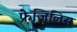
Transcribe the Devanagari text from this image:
फ्रेजिलिस